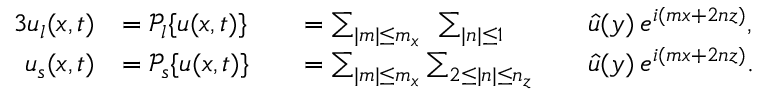
\begin{array} { r l r l r l } { { 3 } \boldsymbol { u } _ { l } ( \boldsymbol { x } , t ) } & { = \mathcal { P } _ { l } \{ \boldsymbol { u } ( \boldsymbol { x } , t ) \} } & & { = \sum _ { | m | \le m _ { x } } \: \: \sum _ { | n | \le 1 } } & & { \boldsymbol { \hat { u } } ( y ) \: e ^ { i ( m x + 2 n z ) } , } \\ { \boldsymbol { u } _ { s } ( \boldsymbol { x } , t ) } & { = \mathcal { P } _ { s } \{ \boldsymbol { u } ( \boldsymbol { x } , t ) \} } & & { = \sum _ { | m | \le m _ { x } } \sum _ { 2 \le | n | \le n _ { z } } } & & { \boldsymbol { \hat { u } } ( y ) \: e ^ { i ( m x + 2 n z ) } . } \end{array}